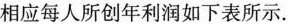
相应每人所创年利润如下表所示.